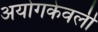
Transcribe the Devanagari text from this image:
अयोगकेवली